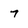
Character: 7